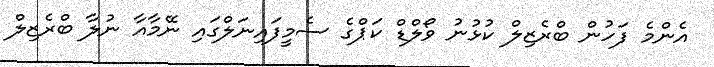
އެންމެ ފަހުން ބްރެޒިލް ކުޅުނު ވޯލްޑް ކަޕްގެ ސެމީފައިނަލްގައި ނޭމާއާ ނުލާ ބްރެޒިލް